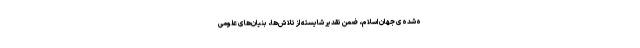
ه‌شده‌ی جهان اسلام، ضمن تقدیر شایسته از تلاش‌ها، بنیان‌های علومی